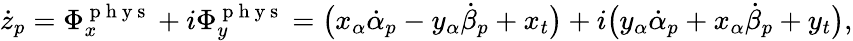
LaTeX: \dot{z}_{p}=\Phi_{x}^{\mathrm{~p~h~y~s~}}+i\Phi_{y}^{\mathrm{~p~h~y~s~}}=\big(x_{\alpha}\dot{\alpha}_{p}-y_{\alpha}\dot{\beta}_{p}+x_{t}\big)+i\big(y_{\alpha}\dot{\alpha}_{p}+x_{\alpha}\dot{\beta}_{p}+y_{t}\big),